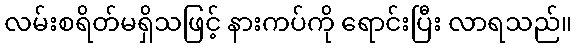
လမ်းစရိတ်မရှိသဖြင့် နားကပ်ကို ရောင်းပြီး လာရသည်။